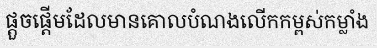
ផ្តួចផ្តើមដែលមានគោលបំណងលើកកម្ពស់កម្លាំង